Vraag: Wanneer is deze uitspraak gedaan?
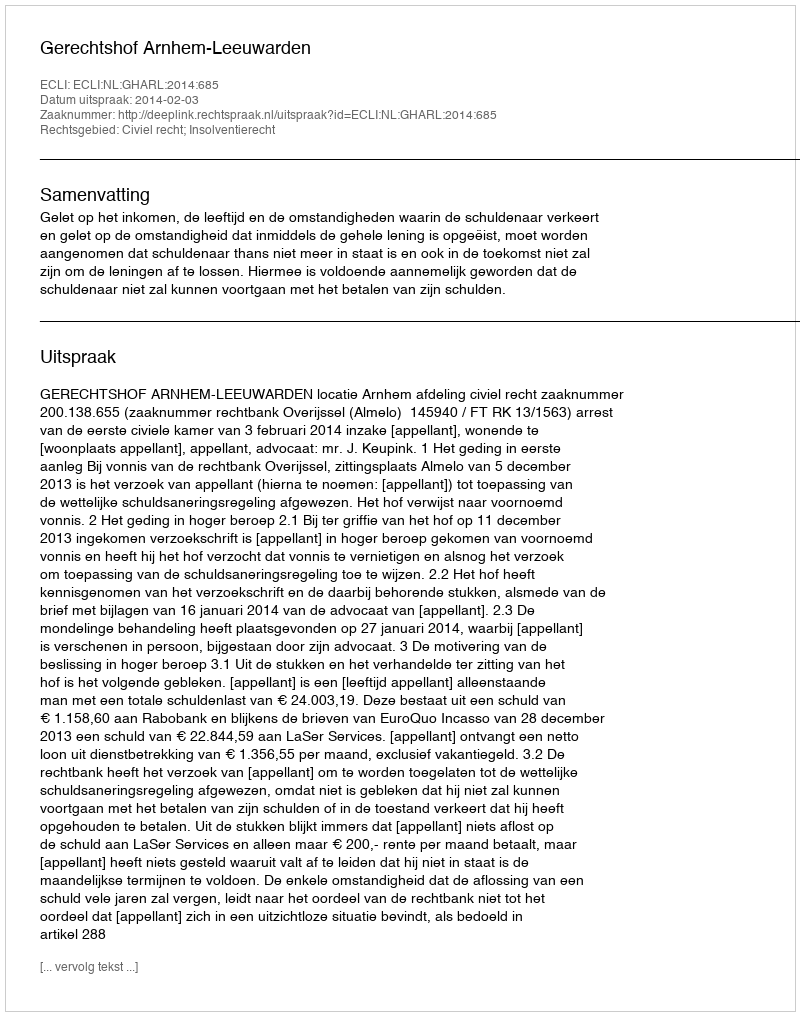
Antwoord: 2014-02-03